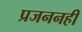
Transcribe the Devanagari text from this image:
प्रजननही